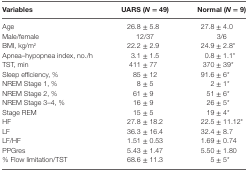
<table><thead><tr><td><b>Variables</b></td><td><b>UARS (<i>N</i> = 49)</b></td><td><b>Normal (<i>N</i> = 9)</b></td></tr></thead><tbody><tr><td>Age</td><td>26.8 ± 5.8</td><td>27.8 ± 4.0</td></tr><tr><td>Male/female</td><td>12/37</td><td>3/6</td></tr><tr><td>BMI, kg/m<sup>2</sup></td><td>22.2 ± 2.9</td><td>24.9 ± 2.8*</td></tr><tr><td>Apnea–hypopnea index, no./h</td><td>3.1 ± 1.5</td><td>0.8 ± 1.1*</td></tr><tr><td>TST, min</td><td>411 ± 77</td><td>370 ± 39*</td></tr><tr><td>Sleep efficiency, %</td><td>85 ± 12</td><td>91.6 ± 6*</td></tr><tr><td>NREM Stage 1, %</td><td>8 ± 5</td><td>2 ± 1*</td></tr><tr><td>NREM Stage 2, %</td><td>61 ± 9</td><td>51 ± 6*</td></tr><tr><td>NREM Stage 3–4, %</td><td>16 ± 9</td><td>26 ± 5*</td></tr><tr><td>Stage REM</td><td>15 ± 5</td><td>19 ± 4*</td></tr><tr><td>HF</td><td>27.8 ± 18.2</td><td>22.5 ± 11.12*</td></tr><tr><td>LF</td><td>36.3 ± 16.4</td><td>32.4 ± 8.7</td></tr><tr><td>LF/HF</td><td>1.51 ± 0.53</td><td>1.69 ± 0.74</td></tr><tr><td>PPGres</td><td>5.43 ± 1.47</td><td>5.50 ± 1.80</td></tr><tr><td>% Flow limitation/TST</td><td>68.6 ± 11.3</td><td>5 ± 5*</td></tr></tbody></table>